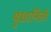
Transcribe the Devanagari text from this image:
युधानिती